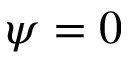
\psi = 0